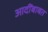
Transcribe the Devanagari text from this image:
आदींबाबत